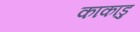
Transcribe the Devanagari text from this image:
काकाडु